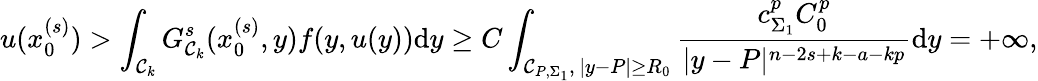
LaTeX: u(x_{0}^{(s)})>\int_{\mathcal{C}_{k}}G_{\mathcal{C}_{k}}^{s}(x_{0}^{(s)},y)f(y,u(y))\mathrm{d}y\geq C\int_{\mathcal{C}_{P,\Sigma_{1}},\, |y-P|\geq R_{0}}\frac{c_{\Sigma_{1}}^{p}C_{0}^{p}}{|y-P|^{n-2s+k-a-kp}}\mathrm{d}y=+\infty,